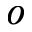
o